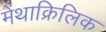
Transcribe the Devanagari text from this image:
मेथाक्रिलिक